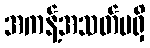
အကန့်အသတ်မရှိ